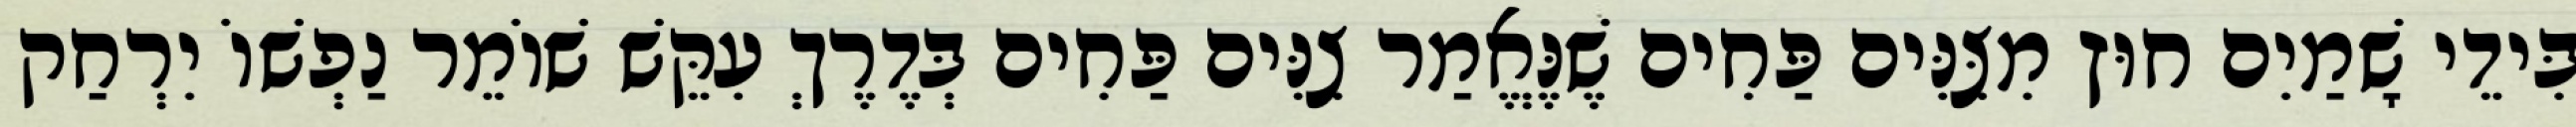
בִּידֵי שָׁמַיִם חוּץ מִצִּנִּים פַּחִים שֶׁנֶּאֱמַר צִנִּים פַּחִים בְּדֶרֶךְ עִקֵּשׁ שׁוֹמֵר נַפְשׁוֹ יִרְחַק